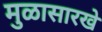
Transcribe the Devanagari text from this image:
मुळासारखे